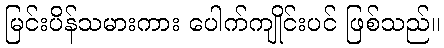
မြင်းပိန်သမားကား ပေါက်ကျိုင်းပင် ဖြစ်သည်။